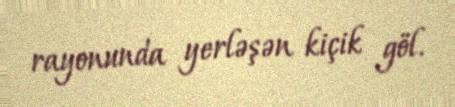
rayonunda yerləşən kiçik göl.